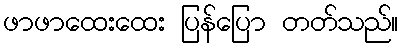
ဖာဖာထေးထေး ပြန်ပြော တတ်သည်။